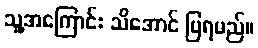
သူ့အကြောင်း သိအောင် ပြရမည်။